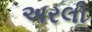
અરલી